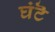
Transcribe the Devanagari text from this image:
घंटॆ